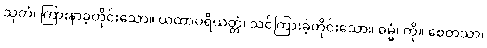
သုတံ၊ ကြားနာခဲ့တိုင်းသော။ ယထာပရိယတ္တံ၊ သင်ကြားခဲ့တိုင်းသော။ ဓမ္မံ၊ ကို။ စေတသာ၊